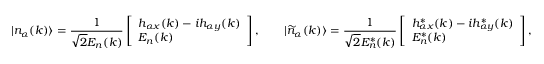
| n _ { \alpha } ( k ) \rangle = \frac { 1 } { \sqrt { 2 } E _ { n } ( k ) } \left[ \begin{array} { l } { h _ { \alpha x } ( k ) - i h _ { \alpha y } ( k ) } \\ { E _ { n } ( k ) } \end{array} \right] , \qquad | \widetilde { n } _ { \alpha } ( k ) \rangle = \frac { 1 } { \sqrt { 2 } E _ { n } ^ { * } ( k ) } \left[ \begin{array} { l } { h _ { \alpha x } ^ { * } ( k ) - i h _ { \alpha y } ^ { * } ( k ) } \\ { E _ { n } ^ { * } ( k ) } \end{array} \right] ,